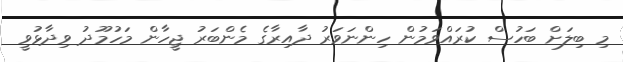
މި ބިލަށް ބަހުސް ކުރައްވަމުން ހިންނަވަރު ދާއިރާގެ މެންބަރު ޖީހާން މަހުމޫދު ވިދާޅުވީ